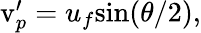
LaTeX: \begin{array}{r}{\mathrm{v}_{p}^{\prime}=u_{f}\mathrm{sin}(\theta/2),}\end{array}